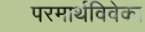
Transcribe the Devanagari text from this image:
परमार्थविवेका